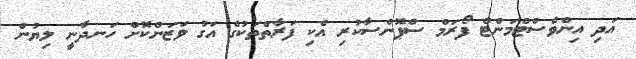
އަދި އިންވެސްޓްމަންޓް ފޯރަމް ސްޕޮންސާކުރި އެކި ފަރާތްތަކުގެ އަގު ވަޒަންކޮށް ހަނދާނީ ލިޔުން